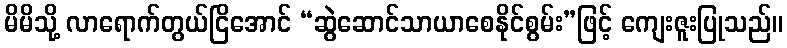
မိမိသို့ လာရောက်တွယ်ငြိအောင် “ဆွဲဆောင်သာယာစေနိုင်စွမ်း”ဖြင့် ကျေးဇူးပြုသည်။